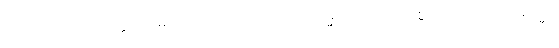
အကျိုးငှာ။ ကုလပုတ္တာ၊ အမျိုးကောင်းသားတို့သည်။ သမ္မဒေဝ၊ ကောင်းစွာသာလျှင်။ အဂါရသ္မာ၊